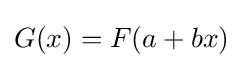
G(x)=F(a+bx)